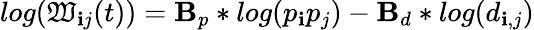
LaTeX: log(\mathfrak{W}_{\mathbf{i}j}(t))=\mathbf{B}_{p}*log(p_{\mathbf{i}}p_{j})-\mathbf{B}_{d}*log(d_{\mathbf{i},j})